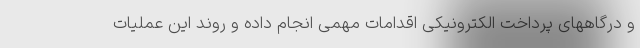
و درگاههای پرداخت الکترونیکی اقدامات مهمی انجام داده و روند این عملیات